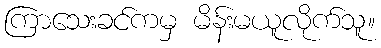
ကြာသေးခင်ကမှ မိန်းမယူလိုက်သူ။